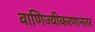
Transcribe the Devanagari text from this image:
वाणिज्यीकरणानंतर